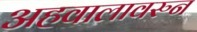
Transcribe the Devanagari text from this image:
अहवालावरुन